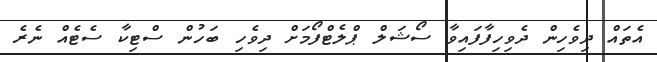
އެތައް ދިވެހިން ދެވިހިފާފައިވާ ސޯޝަލް ޕްލެޓްފޯމަށް ދިވެހި ބަހުން ސްޓިކާ ސެޓެއް ނެރެ